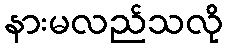
နားမလည်သလို